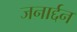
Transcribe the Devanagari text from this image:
जनार्द्दन